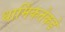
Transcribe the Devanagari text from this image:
धार्मिकतेकडे